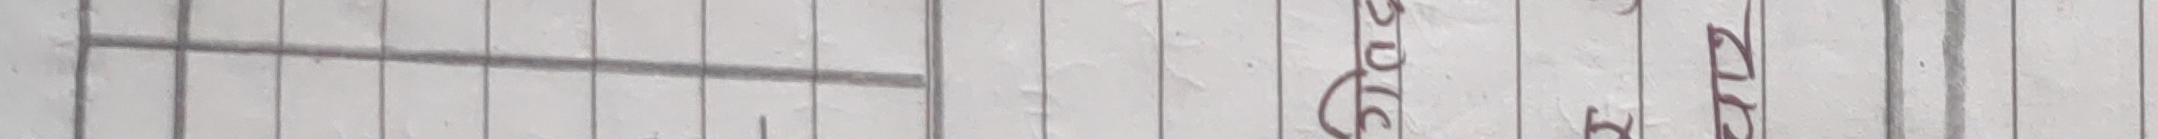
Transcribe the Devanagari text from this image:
२०१६ ई० पौष